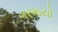
ગરમાયો